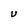
Character: U